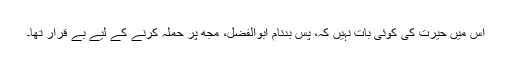
اس میں حیرت کی کوئی بات نہیں کہ، پس بدنام ابوالفضل، مجھ پر حملہ کرنے کے لیے بے قرار تھا۔